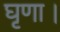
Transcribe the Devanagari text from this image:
घृणा।